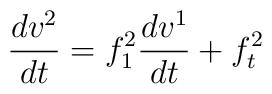
\frac{dv^2}{dt}=f_1^2\frac{dv^1}{dt}+f_t^2